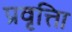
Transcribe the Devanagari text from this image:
प्रवृत्तिा